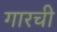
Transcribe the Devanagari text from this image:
गारची